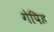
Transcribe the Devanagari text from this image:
गेपिड